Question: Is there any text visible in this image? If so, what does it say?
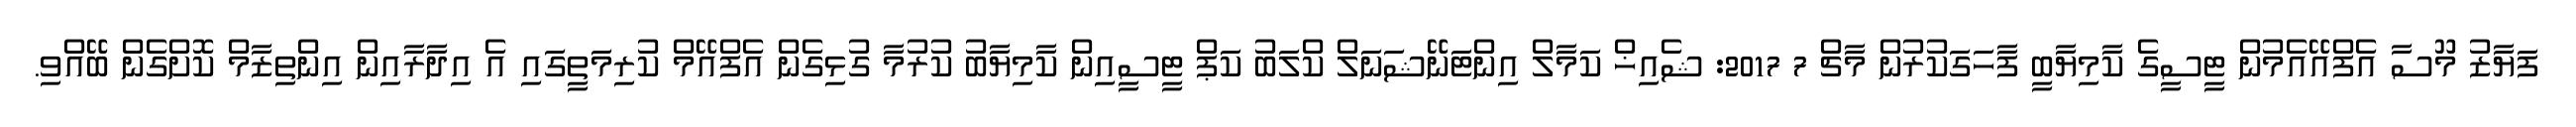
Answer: ފަޔާޒު މޫސާ އެފްއޭއެމުން ޓީސީގެ ކާމިޔާބީ ފާހަގަކުރުން މާޗް 7 2017: ޝެއިޚް ކަމާލް އިންޓަނޭޝަނަލް ކްލަބު ކަޕް ޓީސީއިން ކާމިޔާބު ކުރުމާ ގުޅިގެން އެފްއޭމް ކުރިމަތީގައި އެ އިދާރާއިން އިންތިޒާމް ކޮށްގެން ބޭއްވި.